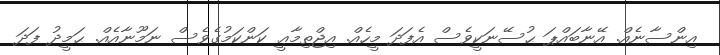
އިންސާނެއް. އޭނާބައްޕަ ޙުސޭނަކީވެސް އެފަދަ މީހެއް. އިޖްތިމާޢީ ކަންކަމުގެވެސް ނަމޫނާއެއް. ޙަމީދު ފަދަ